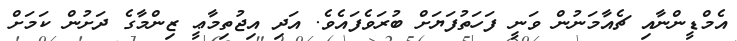
އެމްޑީންނާއި ޗެއާމަނުން ވަނީ ފަހަތުފަޔަށް ބުރަވެފައެވެ. އަދި އިޖުތިމާޢީ ޒިންމާގެ ދަށުން ކަމަށް